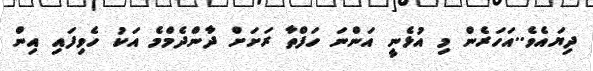
ދިޔައެވެ..އަަހަރެން މި އުޅެނީ އަންނަ ހަފްތާ ރަށަށް ދާންދެމްމެ އަކު ހެވިފައި އިން